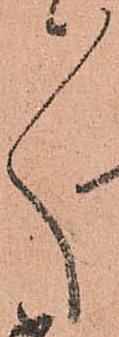
ゝ